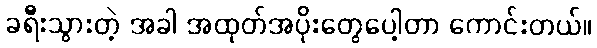
ခရီးသွားတဲ့ အခါ အထုတ်အပိုးတွေပေါ့တာ ကောင်းတယ်။